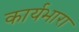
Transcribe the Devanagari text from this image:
कार्यभारा